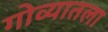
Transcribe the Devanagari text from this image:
गोव्यातला